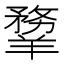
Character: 𦏃